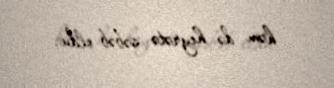
həm də heyrətə səbəb oldu.